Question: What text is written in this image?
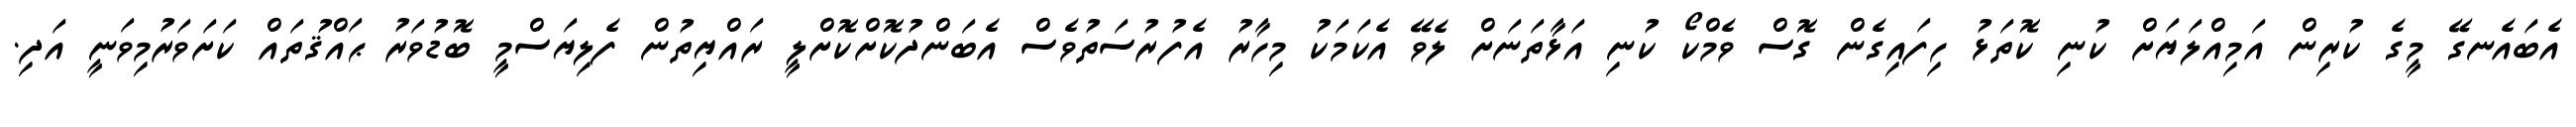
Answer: އެބައެނގޭ މީގެ ކުރިން އަމިއްލަޔަށް ކުނި ކޮތަޅު ހިފައިގެން ގޮސް ވެމްކޯ ކުނި އަޅާތަނަށް ލެވޭ އެކަމަކު މިހާރު އެފުރުސަތުވެސް އެބަންދުކޮށްކޮށްލީ ރައްޔިތުން ފެލިޔަސްމީ ބޮޑުވަރު ޙައްޤުތައް ކަށަވަރުމިވަނީ އަދި.